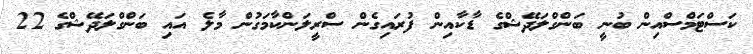
ކަސްޓަމްސްއިން ބުނީ ބަންގްލަދޭޝްގެ ޑާކާއިން ފުރައިގެން ސްރީލަންކާމަގުން މާލެ އައި ބަންގްލަދޭޝްގެ 22